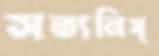
সত্যনিষ্